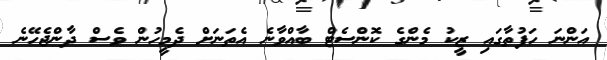
އަންނަ ހަފުތާގައި ޒީކު މެންގެ ކޮންސެޓް ބާއްވާނެ އެތަނަށް ދެމީހުން ވެސް ދާންޖެހޭނެ